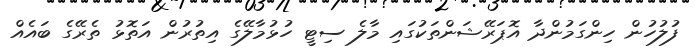
ފުލުހުން ހިންގަމުންދާ އޮޕަރޭޝަންތަކުގައި މާލެ ސިޓީ ހުޅުމާލޭގެ އިތުރުން އަތޮޅު ތެރޭގެ ބައެއް